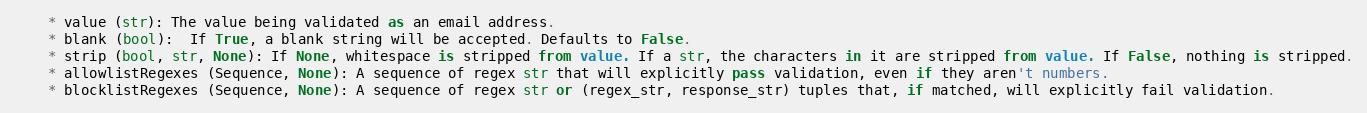
Language: Python
    * value (str): The value being validated as an email address.
    * blank (bool):  If True, a blank string will be accepted. Defaults to False.
    * strip (bool, str, None): If None, whitespace is stripped from value. If a str, the characters in it are stripped from value. If False, nothing is stripped.
    * allowlistRegexes (Sequence, None): A sequence of regex str that will explicitly pass validation, even if they aren't numbers.
    * blocklistRegexes (Sequence, None): A sequence of regex str or (regex_str, response_str) tuples that, if matched, will explicitly fail validation.